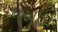
રબાડા